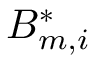
B _ { m , i } ^ { * }